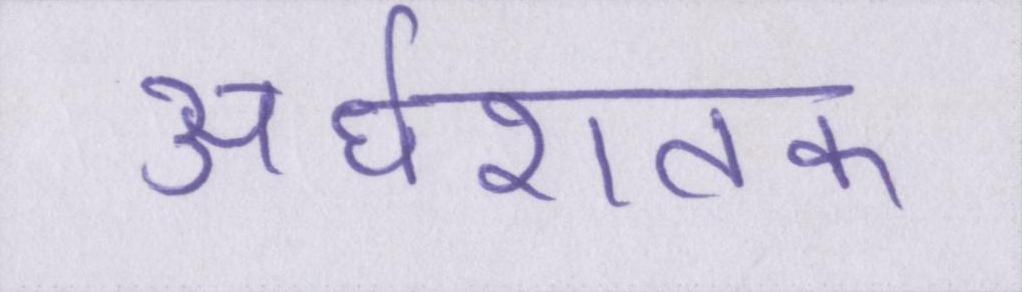
अर्धशतक